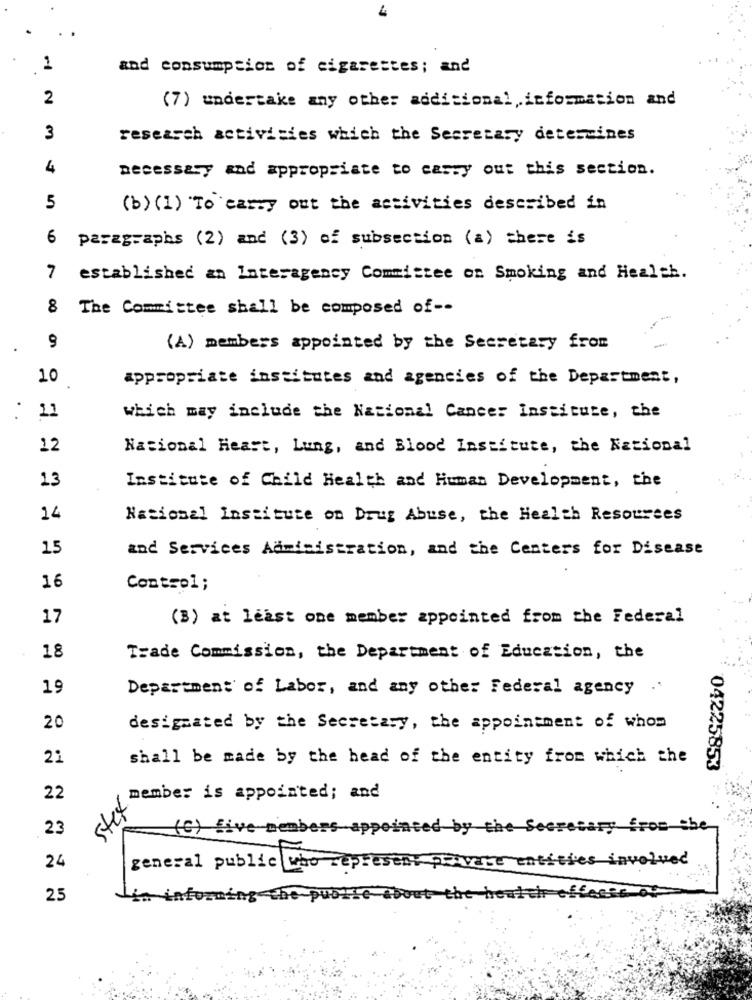
.
1
and consumption of cigarettes; and
2
(7) undertake any other additional information and
3
research activities which the Secretary determines
4
necessary and appropriate to carry out this section.
5
(b) (1) To carry out the activities described in
6
paragraphs (2) and (3) of subsection (a) there is
7
established an Interagency Committee on Smoking and Health.
8 The Committee shall be composed of --
9
-
(A) members appointed by the Secretary from
10
appropriate institutes and agencies of the Department,
11
which may include the National Cancer Institute, the
12
Nacional Heart, Lung, and Blood Institute, the National
13
Institute of Child Health and Human Development, the
14
National Institute on Drug Abuse, the Health Resources
15
and Services Administration, and the Centers for Disease
16
Contsol;
17
(B) at least one member appointed from the Federal
18
Trade Commission, the Department of Education, the
19
Department of Labor, and any other Federal agency ..
20
designated by the Secretary, the appointment of whom
21
shall be made by the head of the entity from which the
22
member is appointed; and
stex
04225853 ".
23
(C) five members appointed by the Secretary from the
24
general public who represent private entities involved
2.5
Lin informing
the health effects os